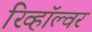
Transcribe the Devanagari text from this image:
रिव्हॉल्वर